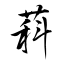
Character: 萪